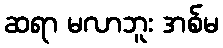
ဆရာ မလာဘူး အစ်မ